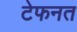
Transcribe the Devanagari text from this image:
टेफनत